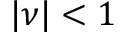
| \nu | < 1